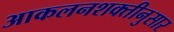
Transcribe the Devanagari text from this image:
आकलनशक्तीनुसार